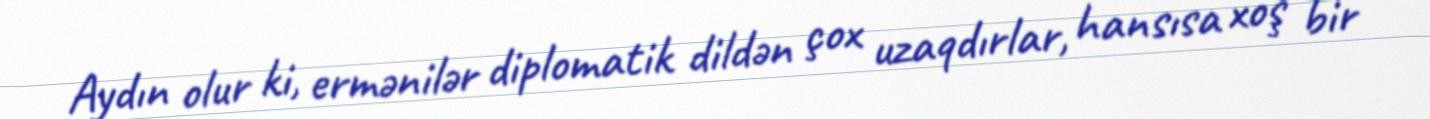
Aydın olur ki, ermənilər diplomatik dildən çox uzaqdırlar, hansısa xoş bir